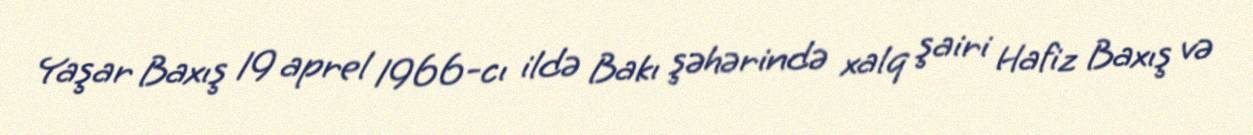
Yaşar Baxış 19 aprel 1966-cı ildə Bakı şəhərində xalq şairi Hafiz Baxış və